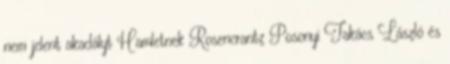
nem jelent akadályt Hamletnek Rosencrantz Posonyi Takács László és